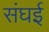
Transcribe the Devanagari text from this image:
संघई